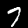
Digit: 7